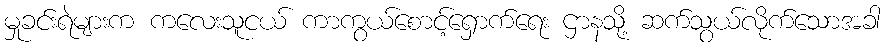
မှုခင်းရဲများက ကလေးသူငယ် ကာကွယ်စောင့်ရှောက်ရေး ဌာနသို့ ဆက်သွယ်လိုက်သောအခါ